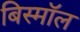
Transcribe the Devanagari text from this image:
बिस्मॉल